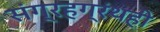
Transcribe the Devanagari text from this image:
संग्रहग्रंथही